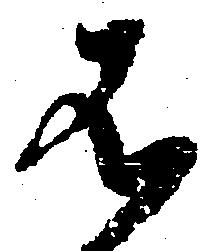
不